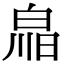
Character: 𤽳